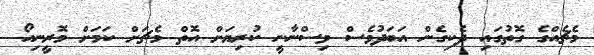
މެޗެއްގެ ގޮތުގައި ދެކިގެން އަބަދުވެސް ވިސްނާނީ ކުރިޔަށް އޮތް މެޗަށް ކަމަށް މޮރީނިއޯ